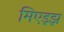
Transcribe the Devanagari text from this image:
मिएड्झ